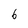
Character: 6